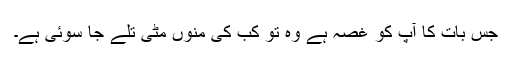
جس بات کا آپ کو غصہ ہے وہ تو کب کی منوں مٹی تلے جا سوئی ہے۔